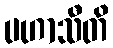
ပဟာသီတိ